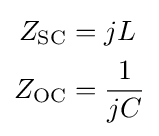
{\begin{aligned}Z_{\mathrm {SC} }&=jL\\Z_{\mathrm {OC} }&={1 \over jC}\\\end{aligned}}